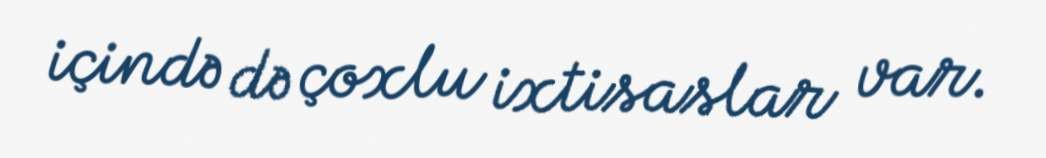
içində də çoxlu ixtisaslar var.